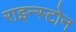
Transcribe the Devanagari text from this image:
राइन्स्टोन